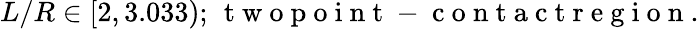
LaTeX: \begin{array}{r}{L/R\in[2,3.033);\, \mathrm{~t~w~o~p~o~i~n~t~-~c~o~n~t~a~c~t~r~e~g~i~o~n~}.}\end{array}